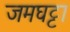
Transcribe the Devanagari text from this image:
जमघट्टा